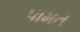
પામત